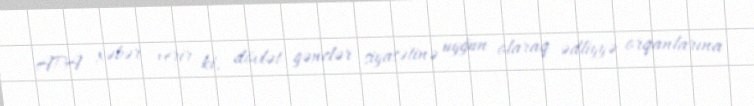
APA xəbər verir ki, dövlət gənclər siyasətinə uyğun olaraq ədliyyə orqanlarına